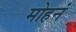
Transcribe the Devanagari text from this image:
मोहनं